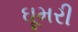
ઘૂમરી